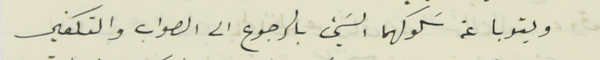
ويتوبا عن سَلوكهما السَيء بالرجوع الى الصواب والتكفير